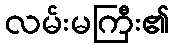
လမ်းမကြီး၏